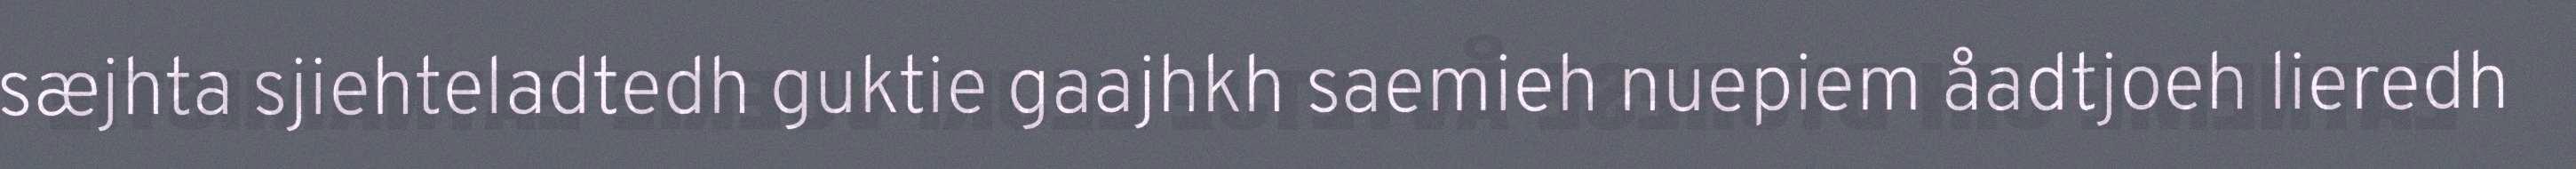
sæjhta sjiehteladtedh guktie gaajhkh saemieh nuepiem åadtjoeh lieredh